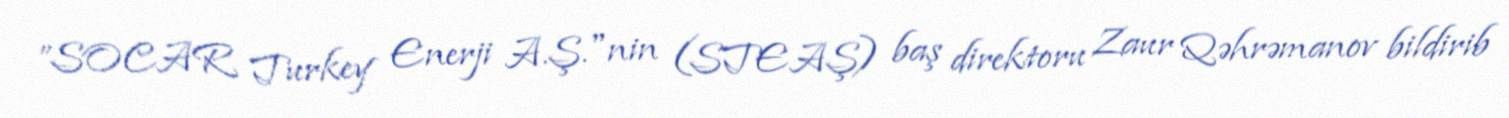
”SOCAR Turkey Enerji A.Ş."nin (STEAŞ) baş direktoru Zaur Qəhrəmanov bildirib